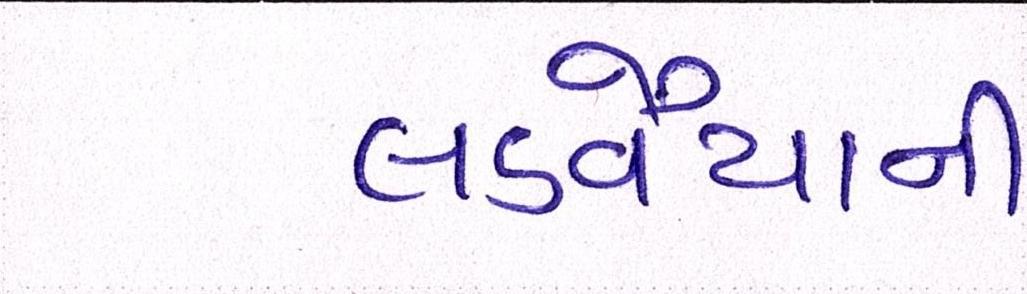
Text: લડવૈયાની